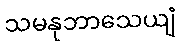
သမနုဘာသေယျံ